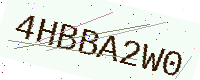
Text: 4HBBA2W0